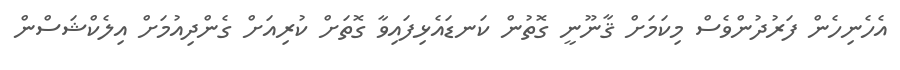
އެހެނިހެން ފަރުދުންވެސް މިކަމަށް ޤާނޫނީ ގޮތުން ކަނޑައެޅިފައިވާ ގޮތަށް ކުރިއަށް ގެންދިއުމަށް އިލެކްޝަސްން